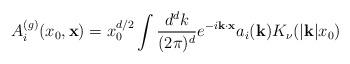
LaTeX: \begin{align*}A_i^{(g)} (x_0, {\bf x}) = x_0^{d/2}\int {d^d k \over (2\pi)^d} e^{-i{\bf k}\cdot{\bf x}} a_i({\bf k})K_\nu(|{\bf k}|x_0)\end{align*}